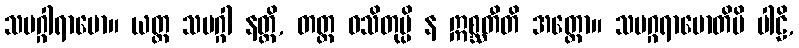
သမဂ္ဂါရာမော။ ယတ္ထ သမဂ္ဂါ နတ္ထိ, တတ္ထ ဝသိတုမ္ပိ န ဣစ္ဆတီတိ အတ္ထော။ သမဂ္ဂရာမောတိပိ ပါဠိ,